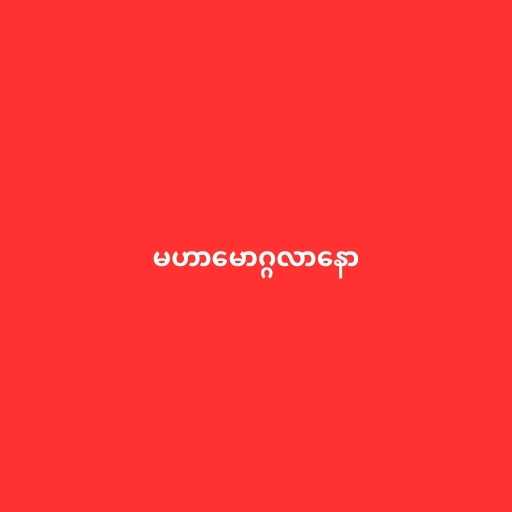
မဟာမောဂ္ဂလာနော